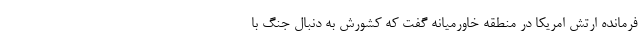
فرمانده ارتش امریکا در منطقه خاورمیانه گفت که کشورش به دنبال جنگ با